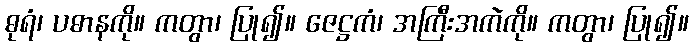
ဓုရံ၊ ပဓာနကို။ ကတွာ၊ ပြု၍။ ဇေဋ္ဌကံ၊ အကြီးအကဲကို။ ကတွာ၊ ပြု၍။